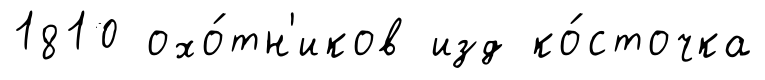
1810 охо́тн'иков изд ко́сточка